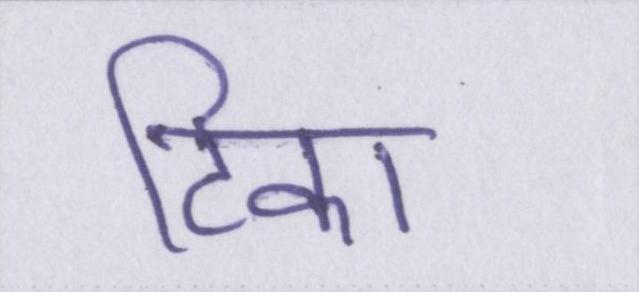
टिका